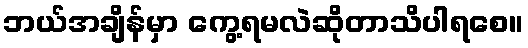
ဘယ်အချိန်မှာ ကွေ့ရမလဲဆိုတာသိပါရစေ။